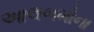
આલબમોના